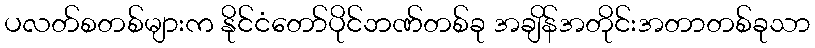
ပလတ်စတစ်များက နိုင်ငံတော်ပိုင်ဘဏ်တစ်ခု အချိန်အတိုင်းအတာတစ်ခုသာ